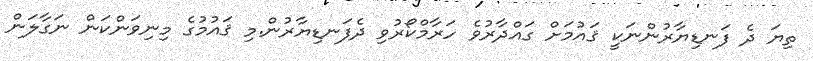
ތިޔަ ދެ ފަނޑިޔާރުންނަކީ ޤައުމަށް ގައްދާރުވެ ހަރާމްކޯރުވި ދެފަނޑިޔާރުން.މި ޤައުމުގެ މިނިވަންކަން ނަގާލަން